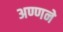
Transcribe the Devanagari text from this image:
अण्णने